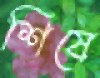
শিষে